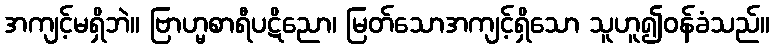
အကျင့်မရှိဘဲ။ ဗြာဟ္မစာရီပဋိညော၊ မြတ်သောအကျင့်ရှိသော သူဟူ၍ဝန်ခံသည်။